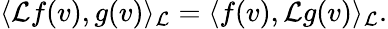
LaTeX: \langle\mathcal{L}f(v),g(v)\rangle_{\mathcal{L}}=\langle f(v),\mathcal{L}g(v)\rangle_{\mathcal{L}}.